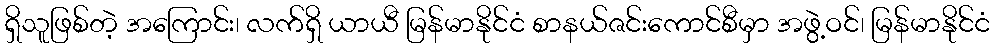
ရှိသူဖြစ်တဲ့ အကြောင်း၊ လက်ရှိ ယာယီ မြန်မာနိုင်ငံ စာနယ်ဇင်းကောင်စီမှာ အဖွဲ့ဝင်၊ မြန်မာနိုင်ငံ